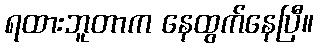
ရထားဘူတာက နေထွက်နေပြီ။